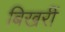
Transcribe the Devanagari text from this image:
बिखरीं